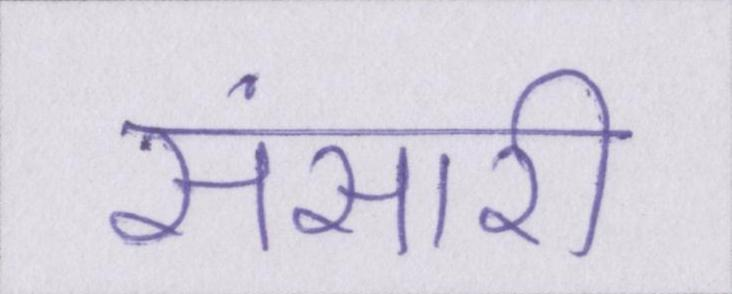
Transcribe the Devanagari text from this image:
संसारी